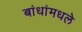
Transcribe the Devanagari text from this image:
बांधांमधले